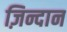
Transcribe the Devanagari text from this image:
ज़िन्दान